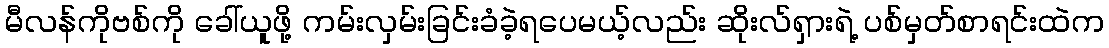
မီလန်ကိုဗစ်ကို ခေါ်ယူဖို့ ကမ်းလှမ်းခြင်းခံခဲ့ရပေမယ့်လည်း ဆိုးလ်ရှားရဲ့ ပစ်မှတ်စာရင်းထဲက